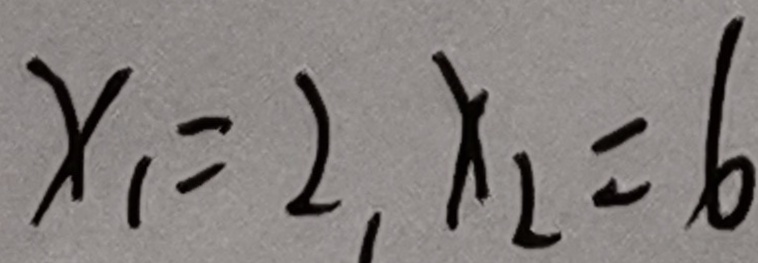
x _ { 1 } = 2 , x _ { 2 } = 6